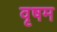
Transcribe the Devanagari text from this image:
वृषम